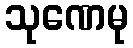
သုဏေမု